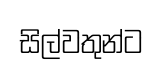
සිල්වතුන්ට